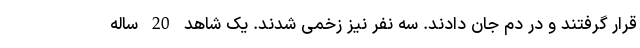
قرار گرفتند و در دم جان دادند. سه نفر نیز زخمی شدند. یک شاهد 20 ساله